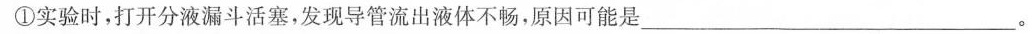
①实验时，打开分液漏斗活塞，发现导管流出液体不畅，原因可能是__________